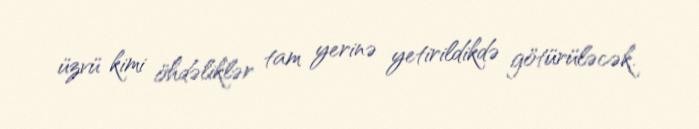
üzvü kimi öhdəliklər tam yerinə yetirildikdə götürüləcək.